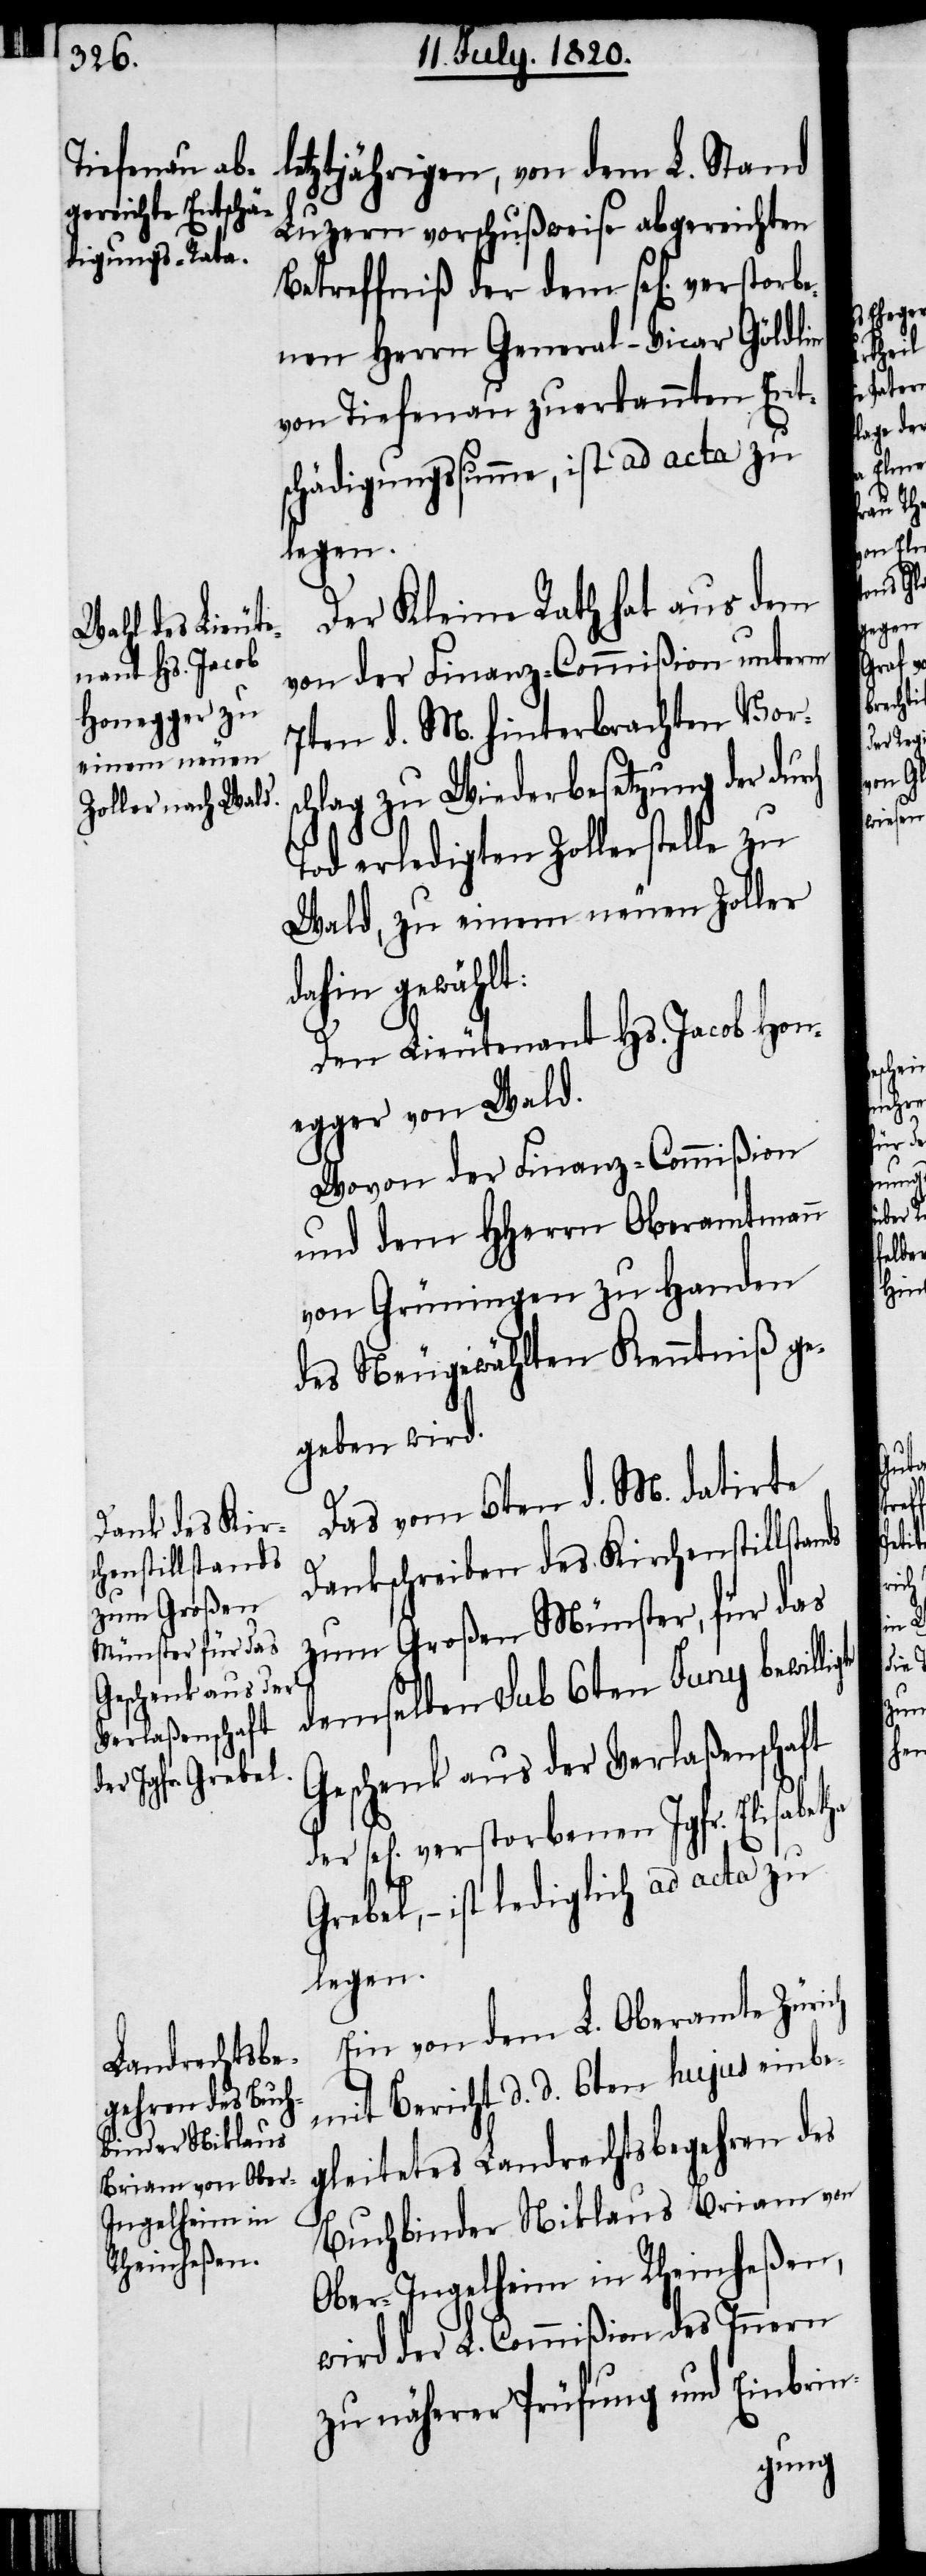
letztjährigen, von dem L. Stand
Luzern vorschußweise abgereichten
Betreffniß der dem sel[igen]. ve¬
nen Herrn General-Vicar Gödlin
von Tiefenau zuerkannten Ent¬
schädigungssumme, ist ad acta zu
legen.
Der Kleine Rath hat aus dem
von der Finanz-Commißion unterm
7ten d. M. hinterbrachten Vors¬
chlag zu Wiederbesetzung der dur¬
Tod erledigten Zollerstelle zu
Wald, zu einem neuen Zoller
dahin gewählt:
Den Lieutenant Hs. Jacob Hon¬
egger von Wald.
Wovon der Finanz-Commißion
und dem Hherrn Oberamtmann
von Grüningen zu Handen
des Neugewählten Kenntniß ge¬
geben wird.
Das vom 6ten d. M. datirte
Dankschreiben des Kirchenstillstan¬
zum Großen Münster, für das
demselben sub 6ten Juny bewil¬
Geschenk aus der Verlaßenschaft
gen]. verstorbenen Jgfr. Elisabetha
Grebel, –ist lediglich ad acta zu
legen.
Ein von dem L. Oberamte Zürich
mit Bericht d. d. 6ten hujus einbe¬
gleitetes Landrechtsbegehren des
Buchbinder Niklaus Briam von
Ober-Ingelheim in Rheinheßen,
wird der L. Commißion des Innern
zu näherer Prüfung und Einbrin-

sel[i¬